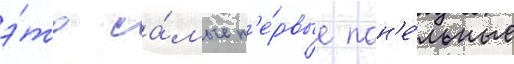
э́то са́мые п'е́рвые пан'е́льные